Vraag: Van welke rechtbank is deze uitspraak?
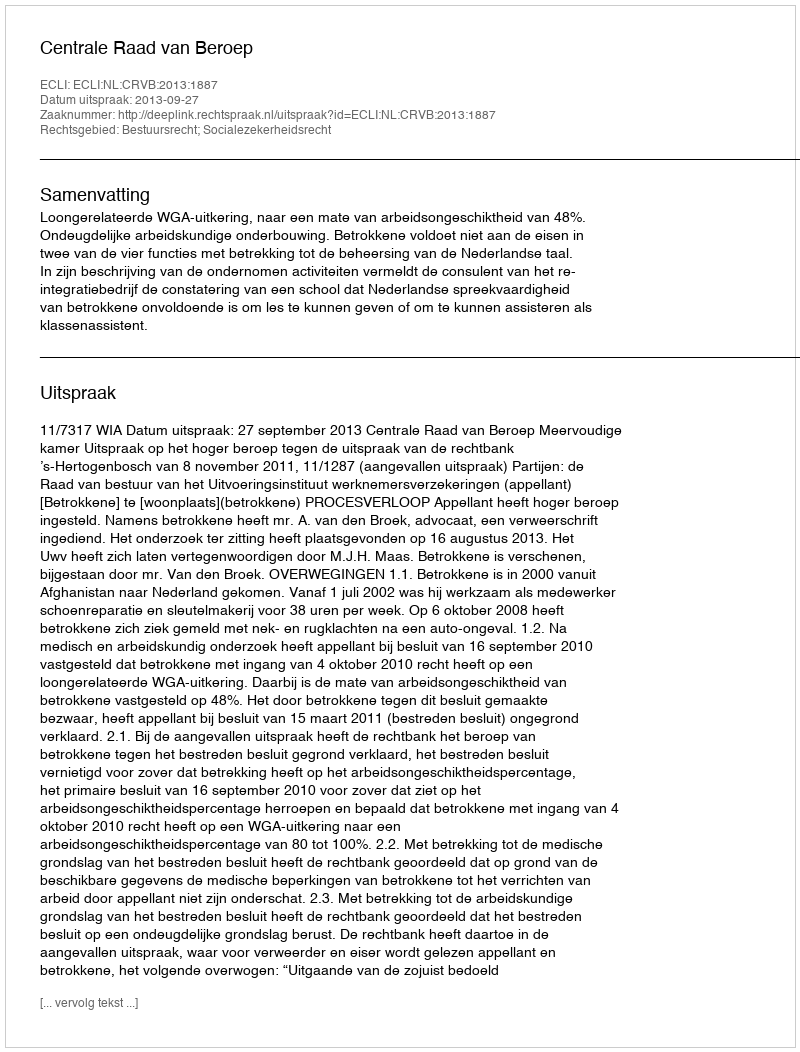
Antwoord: Centrale Raad van Beroep